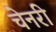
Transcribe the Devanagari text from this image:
चेनरी